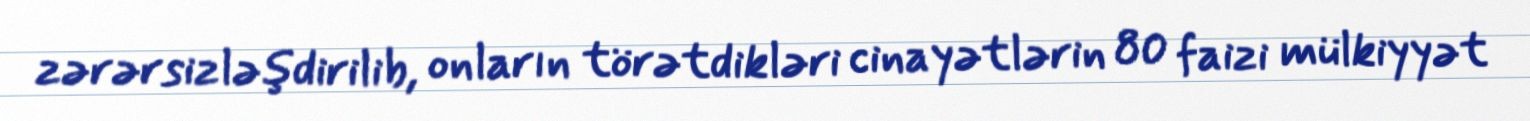
zərərsizləşdirilib, onların törətdikləri cinayətlərin 80 faizi mülkiyyət